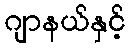
ဂျာနယ်နှင့်